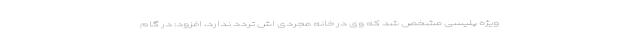
ویژه پلیسی مشخص شد که وی در خانه مجردی اش تردد ندارد، افزود: در گام